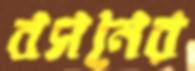
বসনের